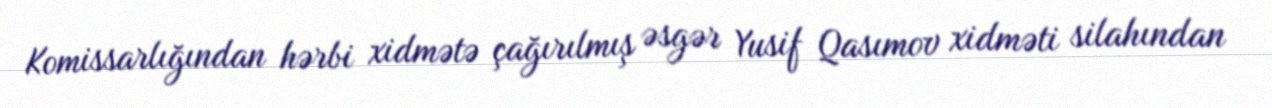
Komissarlığından hərbi xidmətə çağırılmış əsgər Yusif Qasımov xidməti silahından